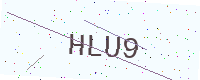
Text: HLU9